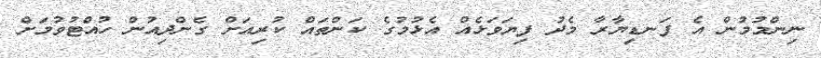
ނިންމުމުން އެ ފަނޑިޔާރާ މެދު ފިޔަވަޅެއް އެޅުމުގެ ކަންތައް ކުރިއަށް ގެންދިއުން ހުއްޓުވުމަށް